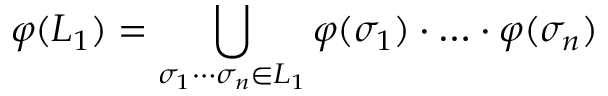
\varphi ( L _ { 1 } ) = \bigcup _ { \sigma _ { 1 } \cdots \sigma _ { n } \in L _ { 1 } } \varphi ( \sigma _ { 1 } ) \cdot \ldots \cdot \varphi ( \sigma _ { n } )